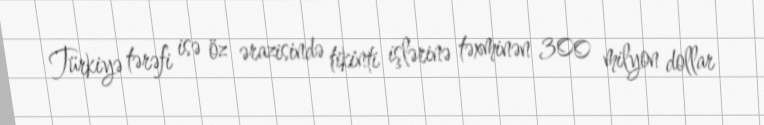
Türkiyə tərəfi isə öz ərazisində tikinti işlərinə təxminən 300 milyon dollar